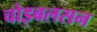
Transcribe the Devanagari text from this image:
चोइबलसन